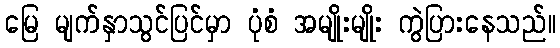
မြေ မျက်နှာသွင်ပြင်မှာ ပုံစံ အမျိုးမျိုး ကွဲပြားနေသည်။